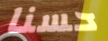
حسنا